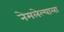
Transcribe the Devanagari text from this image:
नेमलेल्याला